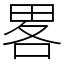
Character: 畧